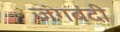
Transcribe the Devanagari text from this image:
जंगबंदी